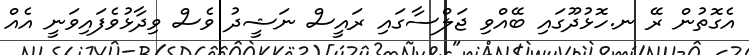
އެގޮތުން ރޭ ނ.ހޮޅުދޫގައި ބޭއްވި ޖަލްސާގައި ރައީސް ނަޝީދު ވެސް ވިދާޅުވެފައިވަނީ އެއް